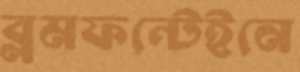
ব্লমফন্টেইনে